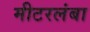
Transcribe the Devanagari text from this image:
मीटरलंबा